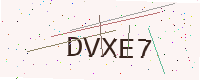
Text: DVXE7